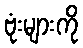
ဗုံးများကို